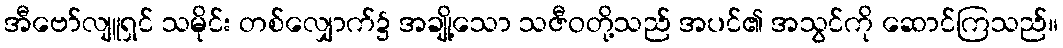
အီဗော်လျူရှင် သမိုင်း တစ်လျှောက်၌ အချို့သော သဇီဝတို့သည် အပင်၏ အသွင်ကို ဆောင်ကြသည်။